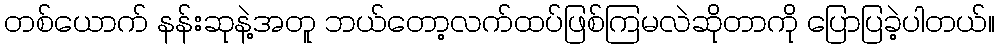
တစ်ယောက် နန်းဆုနဲ့အတူ ဘယ်တော့လက်ထပ်ဖြစ်ကြမလဲဆိုတာကို ပြောပြခဲ့ပါတယ်။